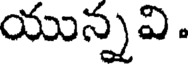
యున్నవి.